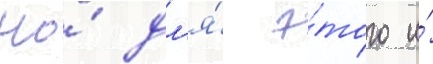
Но́ дл'я́ э́того и́